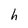
Character: h